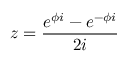
z = { \frac { e ^ { \phi i } - e ^ { - \phi i } } { 2 i } }